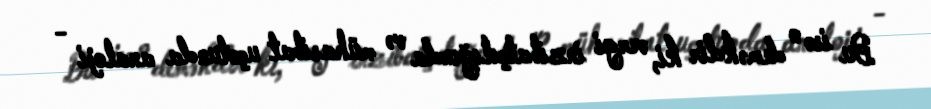
Bu isə o deməkdir ki, vergi inzibatçılığında və mühasibat uçotunda analoji -